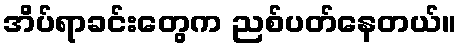
အိပ်ရာခင်းတွေက ညစ်ပတ်နေတယ်။